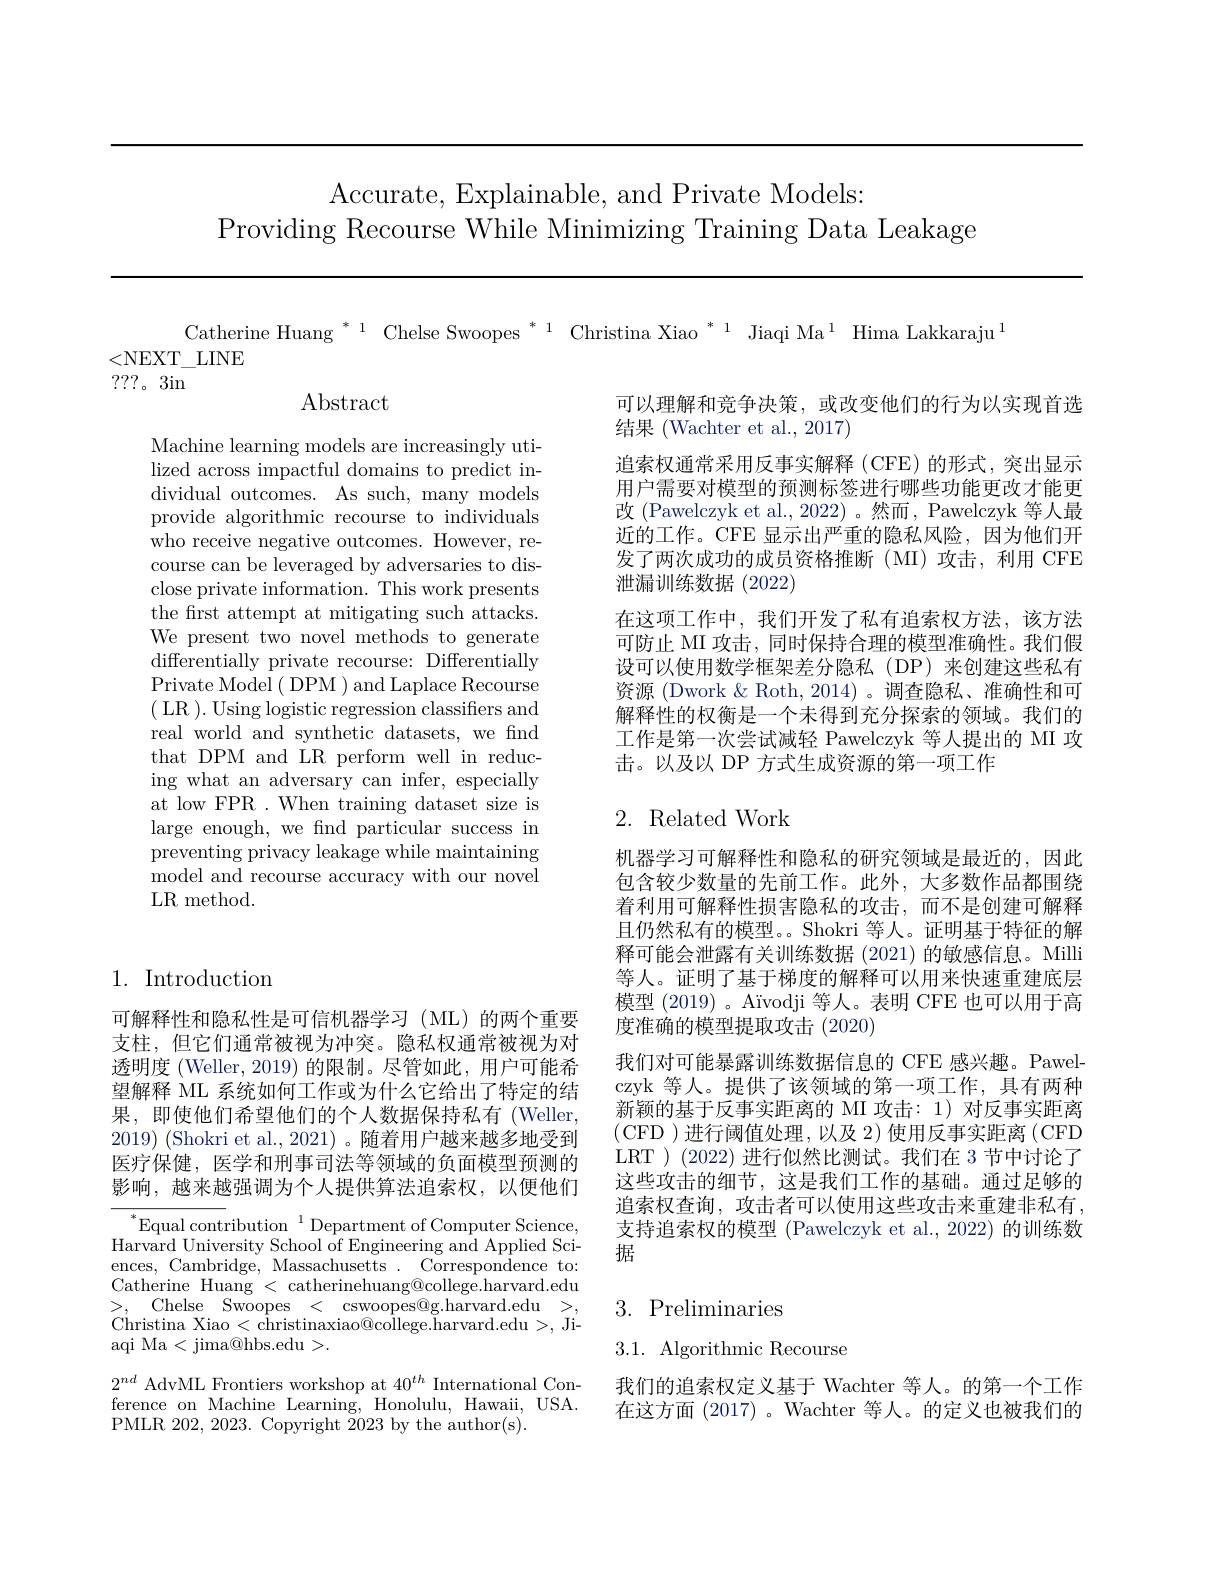
Accurate, Explainable, and Private Models:
Providing Recourse While Minimizing Training Data Leakage

Catherine Huang $^*1$ Chelse Swoopes $^*^{1}$ Christina Xiao $^*^{1}$ Jiaqi Ma$^1$ Hima Lakkaraju$^1$

<NEXT\_LINE

???。3in

$\operatorname{Abstract}$

可以理解和竞争决策，或改变他们的行为以实现首选
结果(Wachter et al., 2017)
追索权通常采用反事实解释 (CFE)的形式，突出显示用户需要对模型的预测标签进行哪些功能更改才能更改 (Pawelczyk et al., 2022) 。然而，Pawelczyk 等人最近的工作。CFE 显示出严重的隐私风险，因为他们开发了两次成功的成员资格推断(MI)攻击，利用 CFE 泄漏训练数据(2022)
在这项工作中，我们开发了私有追索权方法，该方法可防止 MI 攻击，同时保持合理的模型准确性。我们假设可以使用数学框架差分隐私(DP)来创建这些私有资源 (Dwork &Roth,2014)。调查隐私、准确性和可解释性的权衡是一个未得到充分探索的领域。我们的工作是第一次尝试减轻 Pawelczyk 等人提出的 MI 攻击。以及以 DP 方式生成资源的第一项工作

Machine learning models are increasingly utilized across impactful domains to predict individual outcomes. As such, many models provide algorithmic recourse to individuals who receive negative outcomes. However, recourse can be leveraged by adversaries to disclose private information. This work presents the first attempt at mitigating such attacks. We present two novel methods to generate differentially private recourse: Differentially Private Model( DPM) and Laplace Recourse ( LR ). Using logistic regression classifiers and real world and synthetic datasets, we find that DPM and LR perform well in reducing what an adversary can infer, especially at low FPR . When training dataset size is large enough, we find particular success in preventing privacy leakage while maintaining model and recourse accuracy with our novel LR method.

## 2. Related Work

1. Introduction

机器学习可解释性和隐私的研究领域是最近的，因此包含较少数量的先前工作。此外，大多数作品都围绕着利用可解释性损害隐私的攻击，而不是创建可解释且仍然私有的模型。。Shokri 等人。证明基于特征的解释可能会泄露有关训练数据 (2021) 的敏感信息。Milli 等人。证明了基于梯度的解释可以用来快速重建底层模型 (2019)。Aïvodji 等人。表明 CFE 也可以用于高度准确的模型提取攻击(2020)
我们对可能暴露训练数据信息的 CFE 感兴趣。Pawelczyk 等人。提供了该领域的第一项工作，具有两种新颖的基于反事实距离的 MI 攻击：1)对反事实距离(CFD )进行阈值处理，以及 2) 使用反事实距离 (CFD LRT )(2022)进行似然比测试。我们在 3 节中讨论了这些攻击的细节，这是我们工作的基础。通过足够的追索权查询，攻击者可以使用这些攻击来重建非私有， 支持追索权的模型 (Pawelczyk et al.,2022) 的训练数据

可解释性和隐私性是可信机器学习(ML)的两个重要支柱，但它们通常被视为冲突。隐私权通常被视为对透明度 (Weller, 2019) 的限制。尽管如此，用户可能希望解释 ML 系统如何工作或为什么它给出了特定的结果，即使他们希望他们的个人数据保持私有(Weller, 2019) (Shokri et al., 2021) 。随着用户越来越多地受到医疗保健，医学和刑事司法等领域的负面模型预测的影响，越来越强调为个人提供算法追索权，以便他们

$^*$Equal contribution$^1$Department of Computer Science $\bar{\text{Harvard University School of Engineering and Applied Sci-}}$ ences, Cambridge, Massachusetts. Correspondence to: Catherine Huang < catherinehuang@college.harvard.edu >, Chelse Swoopes < cswoopes@g.harvard.edu >, Christina Xiao $<\bar{\text{christinaxiao@college.harvard.edu>, Ji-}}$ aqi Ma <jima@hbs.edu>.

3. Preliminaries

## 3.1. Algorithmic Recourse

我们的追索权定义基于 Wachter 等人。的第一个工作在这方面 (2017) 。Wachter 等人。的定义也被我们的

$2^{nd}$ AdvML Frontiers workshop at $40^th$ International Conference on Machine Learning, Honolulu, Hawaii, USA PMLR 202, 2023. Copyright $\bar{20}23$ by the author(s).